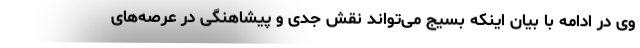
وی در ادامه با بیان اینکه بسیج می‌تواند نقش جدی و پیشاهنگی در عرصه‌های